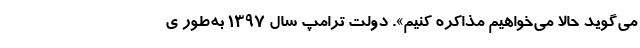
می‌گوید حالا می‌خواهیم مذاکره کنیم». دولت ترامپ سال ۱۳۹۷ به‌طور ی